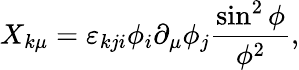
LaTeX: X_{k\mu}=\varepsilon_{kji}\phi_{i}\partial_{\mu}\phi_{j}\frac{\sin^{2}\phi}{\phi^{2}},